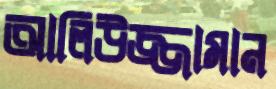
আলিউজ্জামান